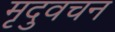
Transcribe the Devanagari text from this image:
मृदुवचन